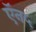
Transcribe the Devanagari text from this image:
ऍन५